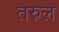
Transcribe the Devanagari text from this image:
तरुल